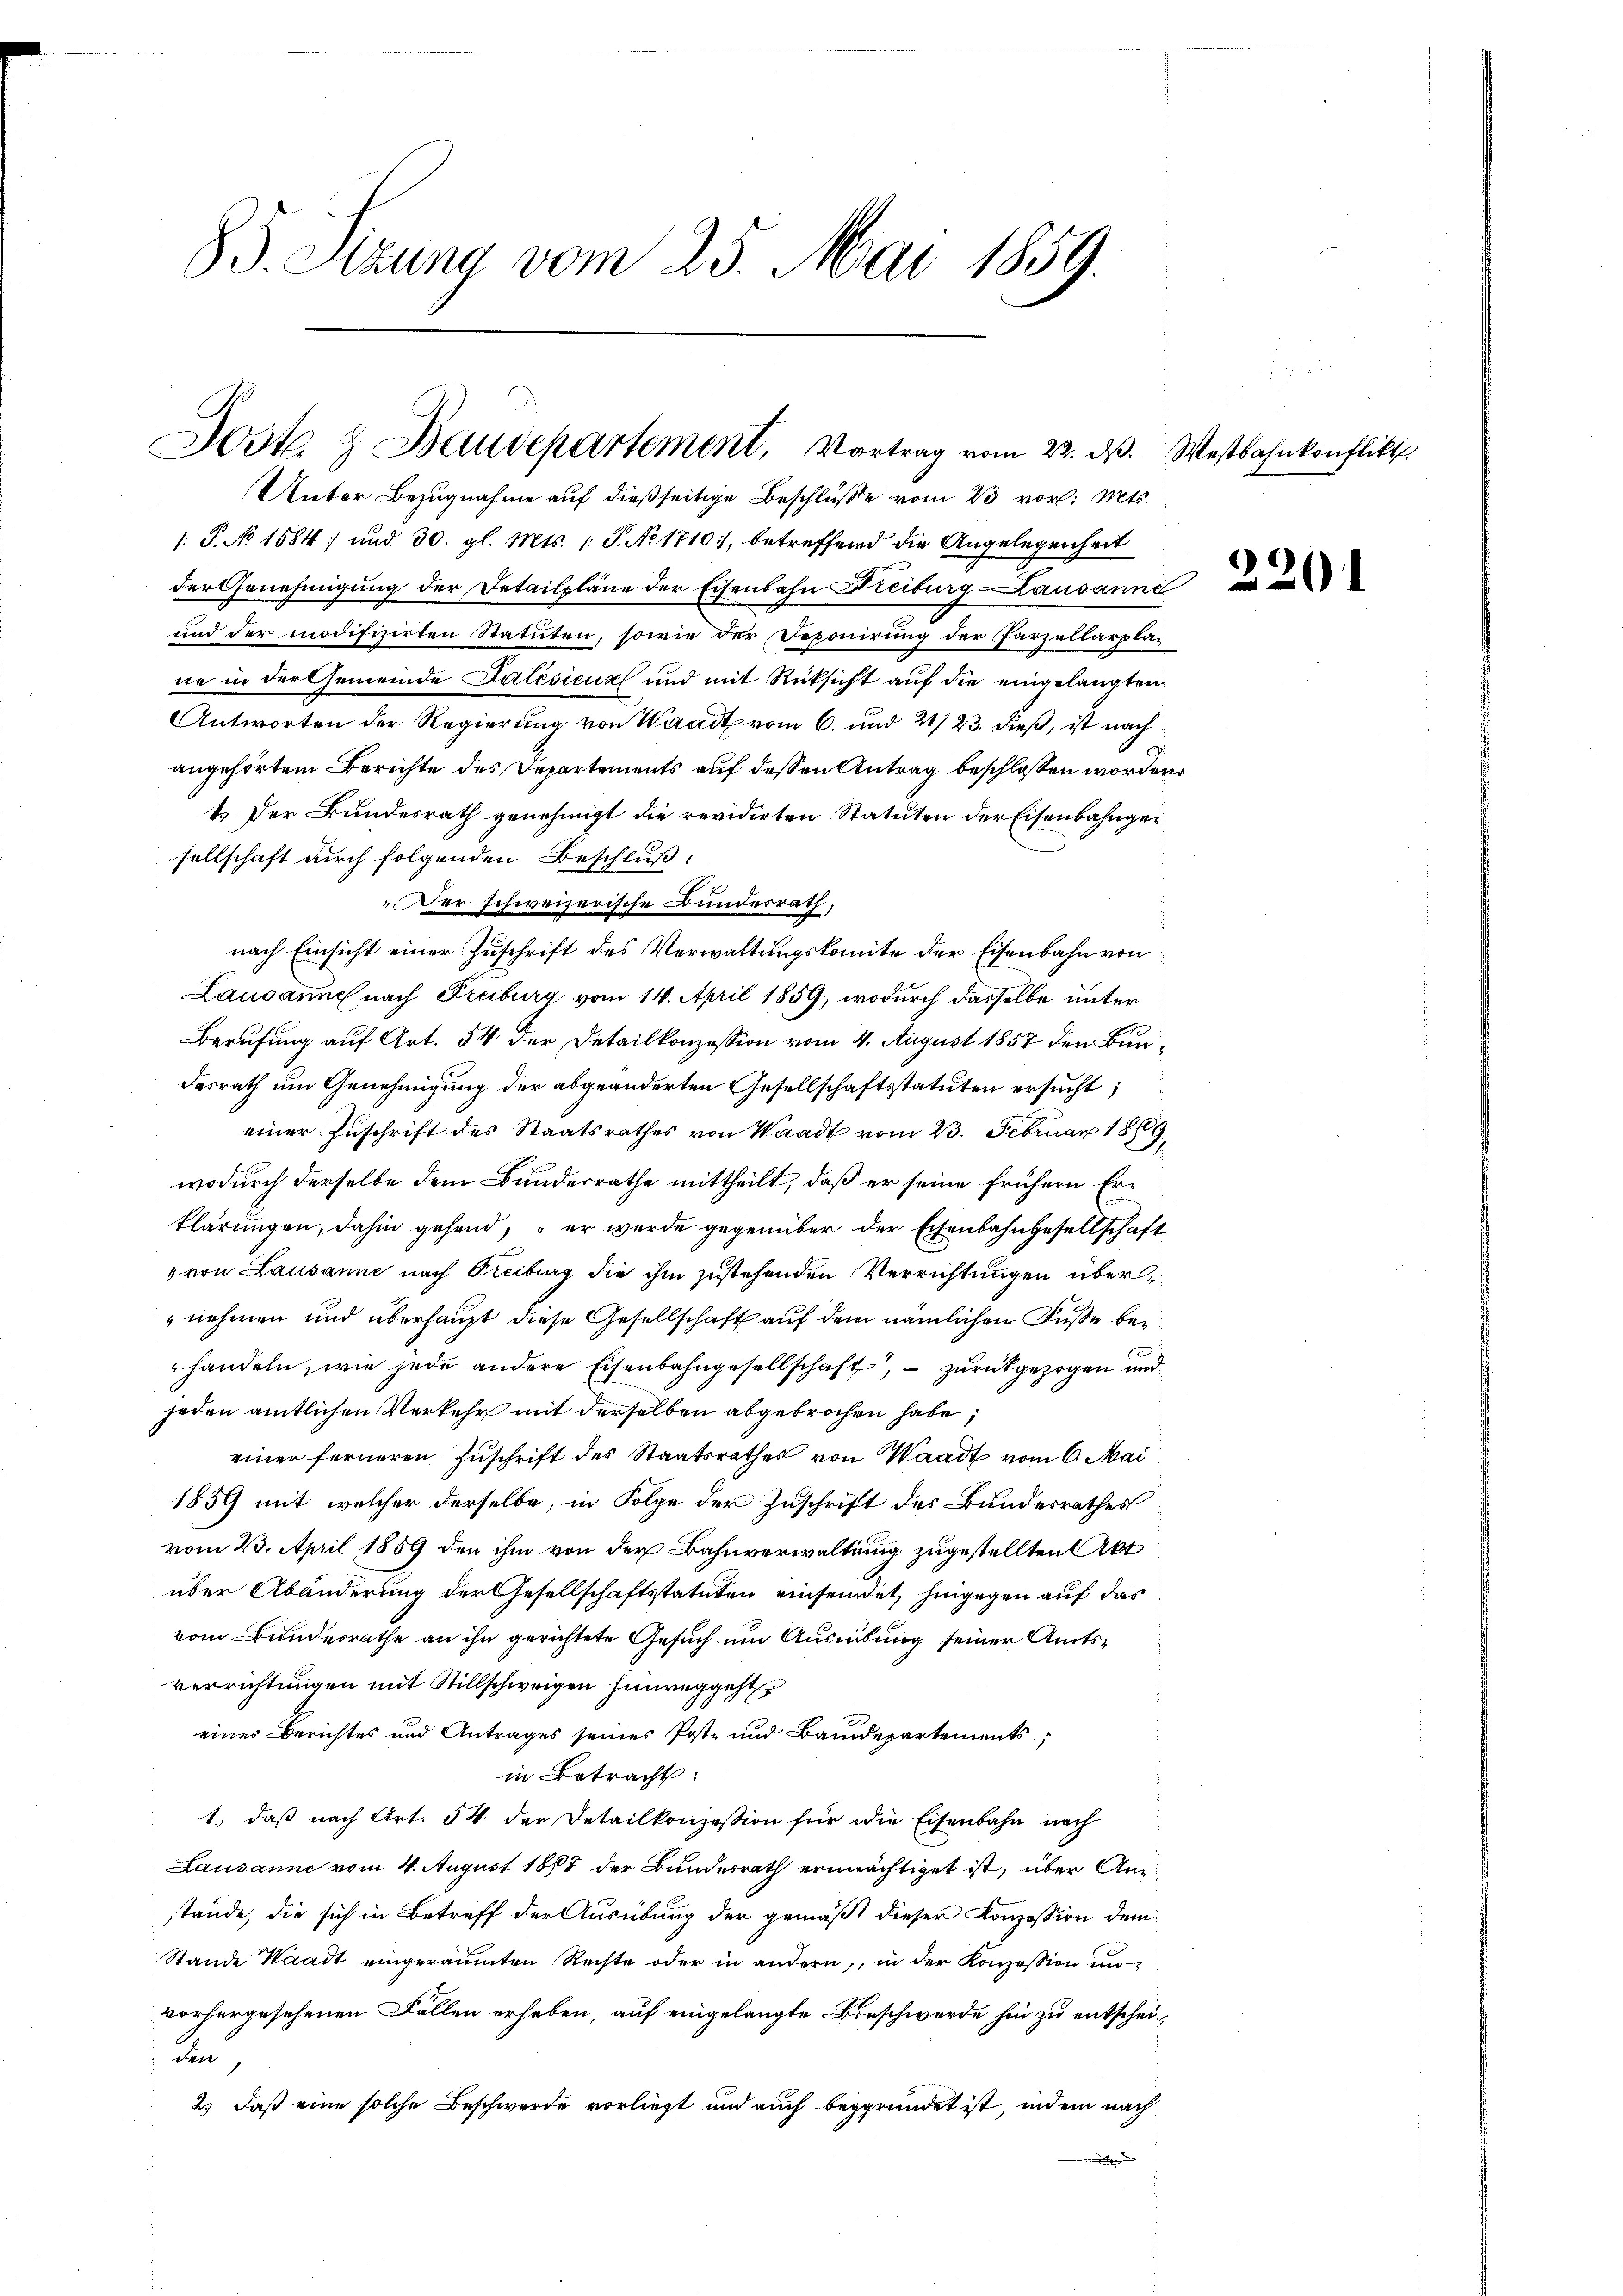
B. Sitzung vom 25. Mai 1859.

Jost & Baudepartement, Vortrag vom 22. ds. Westbahnkonflikt

sellschaft durch folgenden Beschluß:
Der schweizerische Bundesrath,
nach Einsicht einer Zuschrift des Verwaltungskomite der Eisenbahn von
Lausanne nach Freiburg vom 14. April 1859, wodurch dasselbe unter
Berufung auf Art. 54 der Detailkonzession vom 4. August 1857 den Bundesrath um Genehmigung der abgeänderten Gesellschaftsstatuten ersucht,
einer Zuschrift des Staatsrathes von Waadt vom 23. Februar 1869,
wodurch derselbe dem Bundesrathe mittheilt, daß er seine frühern Erklärungen, dahin gehend, er wurde gegenüber der Eisenbahngesellschaft
„ von Lausanne nach Freiburg die ihm zustehenden Verrichtungen übernehmen und überhaupt diese Gesellschaft auf dem nämlichen Fuße bei
handeln, wie jede andere Eisenbahngesellschaft, – zurückgezogen und
jeden amtlichen Verkehr mit derselben abgebrochen habe,
einer ferneren Zuschrift des Staatsrathes von Waadt vom 6. Mai
1859 mit welcher derselbe, in Folge der Zuschrift des Bundesrathes
vom 23. April 1859 den ihm von der Bahnverwaltung zugestellten Akt
über Abänderung der Gesellschaftsstatuten einsendet, hingegen auf das
vom Bundesrathe an ihn gerichtete Gesuch um Ausmitung seiner Amtsverrichtungen mit Stillschweigen hinreggeht
eines Berichtes und Antrages seines Post- und Baudepartements,
in Betracht:
1.) daß nach Art. 54 der Detailkonzession für die Eisenbahn nach
Lausanne vom 4. August 1887 der Bundesrath ermächtiget ist, über Anstände, die sich in Betreff der Ausübung der gemäßt dieser Konzession dem
Stande Waadt eingeräumten Rechte oder in andern, in der Konzession un
vorhergesehenen Fällen erhaben, auf eingelangte Beschwerde hin zu entscheiden
2) daß eine solche Beschwerde vorliegt und auch begründet ist, indem nach
2

Unter Bezugnahme auf dießseitige Beschlüße vom 23 vor. Mts.
/: P. No 1584 und 30. gl. Mts. 1. J. No 1710, betreffend die Angelegenheit
der Genehmigung der Detailpläne der Eisenbahn Freiburg-Lausanne
und der modifizirten Statuten, sowie der Deponirung der Parzellarplane in der Gemeinde Salésicus und mit Rüksicht auf die eingelangten
Antworten der Regierung von Waadt vom 6. und 21/23. dieß, ist nach
angehörtem Berichte des Departements auf dessen Antrag beschlossen worden.
t. Der Bundesrath genehmigt die revidirten Statuten der Eisenbahnge¬

220